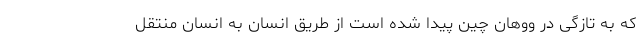
که به تازگی در ووهان چین پیدا شده است از طریق انسان به انسان منتقل